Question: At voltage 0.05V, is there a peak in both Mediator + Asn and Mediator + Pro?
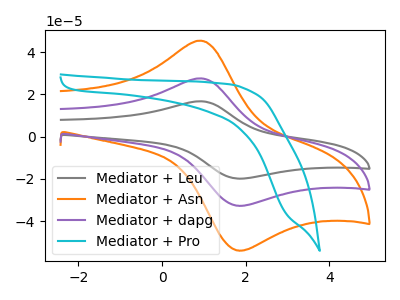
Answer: <think>The gray curve "Mediator + Leu" has an anodic peak at (0.90V, 55.15uA) and a cathodic peak at (1.75V, -65.30uA). The orange curve "Mediator + Asn" has an anodic peak at (0.90V, 45.45uA) and a cathodic peak at (1.75V, -53.80uA). The purple curve "Mediator + dapg" has an anodic peak at (0.90V, 27.60uA) and a cathodic peak at (1.75V, -32.65uA). The cyan curve "Mediator + Pro" has no peaks.</think>
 <answer>No, "Mediator + Asn" and "Mediator + Pro" dont share a peak at 0.05V.</answer>
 <eval>mismatch</eval>